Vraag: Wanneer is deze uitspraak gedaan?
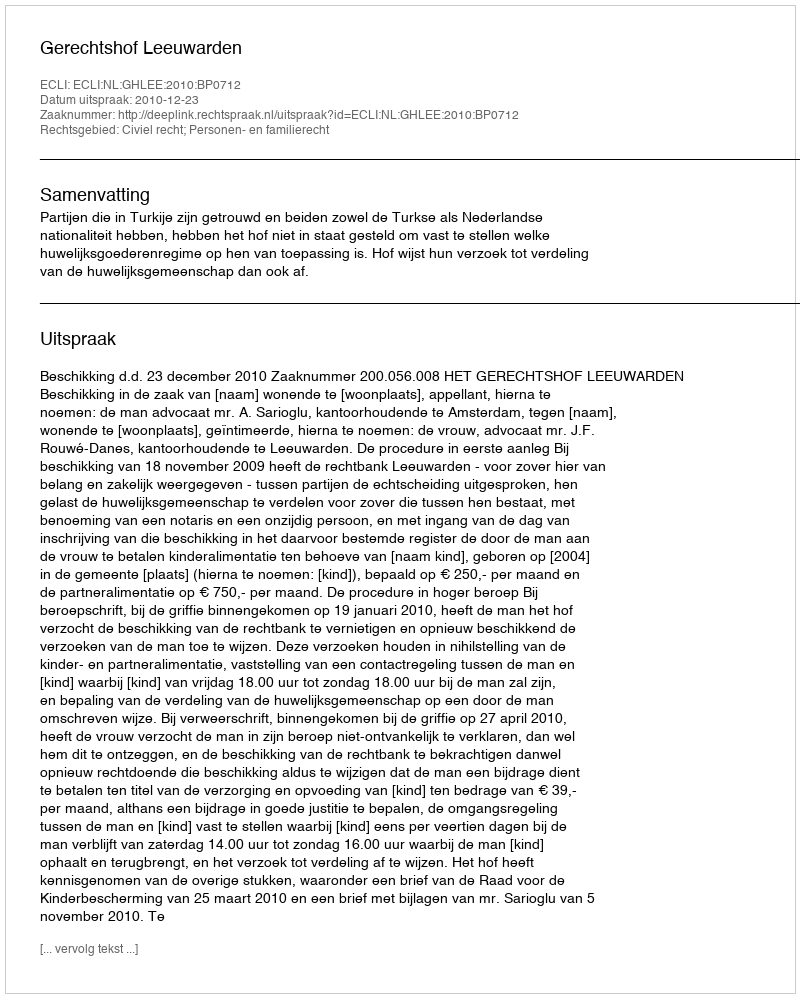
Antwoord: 2010-12-23